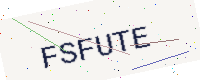
Text: FSFUTE